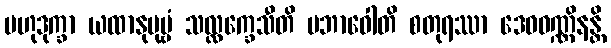
ဗဟုဒုက္ခာ ယထာနုပုဗ္ဗံ သလ္လက္ခေသီတိ ပဘာဝေါတိ စတုရဿာ ဒေဝဝဏ္ဏိနန္တိ